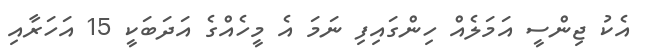
އެކު ޖިންސީ އަމަލެއް ހިންގައިފި ނަމަ އެ މީހެއްގެ އަދަބަކީ 15 އަހަރާއި